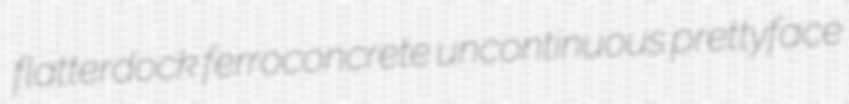
flatterdock ferroconcrete uncontinuous prettyface